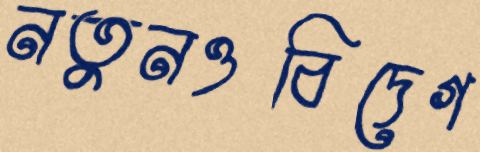
নতুনওবিদেগ